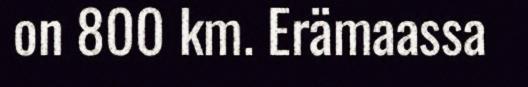
on 800 km. Erämaassa